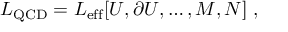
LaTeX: { \cal L } _ { \mathrm { Q C D } } = { \cal L } _ { \mathrm { e f f } } [ U , \partial U , \ldots , { \cal M } , N ] \, \, ,